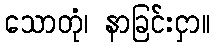
သောတုံ၊ နာခြင်းငှာ။